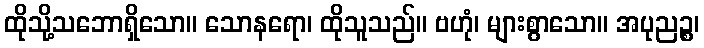
ထိုသို့သဘောရှိသော။ သောနရော၊ ထိုသူသည်။ ဗဟုံ၊ များစွာသော။ အပုညဉ္စ၊